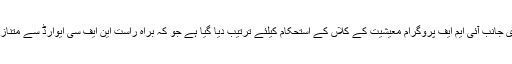
دوسری جانب آئی ایم ایف پروگرام معیشیت کے کلاں کے استحکام کیلئے ترتیب دیا گیا ہے جو کہ براہ راست این ایف سی ایوارڈ سے متنازع ہے۔